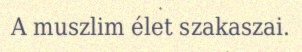
A muszlim élet szakaszai.